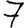
Digit: 7